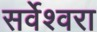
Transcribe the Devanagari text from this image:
सर्वेश्वरा